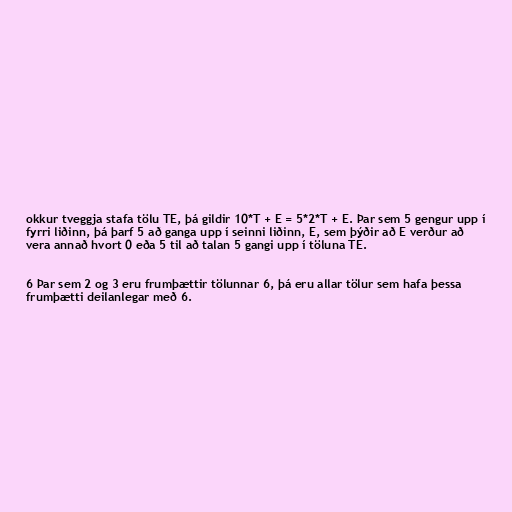
okkur tveggja stafa tölu TE, þá gildir 10*T + E = 5*2*T + E. Þar sem 5 gengur upp í
fyrri liðinn, þá þarf 5 að ganga upp í seinni liðinn, E, sem þýðir að E verður að
vera annað hvort 0 eða 5 til að talan 5 gangi upp í töluna TE.

6 Þar sem 2 og 3 eru frumþættir tölunnar 6, þá eru allar tölur sem hafa þessa
frumþætti deilanlegar með 6.